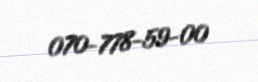
070-778-59-00